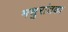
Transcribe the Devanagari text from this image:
मधुरांतका